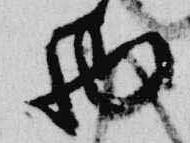
面